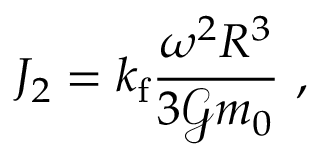
J _ { 2 } = k _ { \mathrm { f } } \frac { \omega ^ { 2 } R ^ { 3 } } { 3 \mathcal { G } m _ { 0 } } \ ,